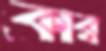
কার